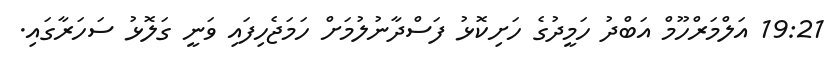
19:21 އަލްމަރްހޫމް އަބްދު ހަމީދުގެ ހަށިކޮޅު ފަސްދާނުލުމަށް ހަމަޖެހިފައި ވަނީ ގަލޮޅު ސަހަރާގައި.